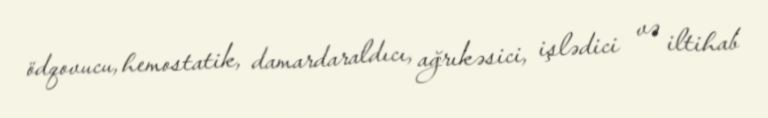
ödqovucu, hemostatik, damardaraldıcı, ağrıkəsici, işlədici və iltihab